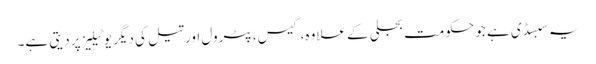
یہ سبسڈی ہے جو حکومت بجلی کے علاوہ، گیس، پٹرول اور تیل کی دیگر یوٹیلیز پر دیتی ہے۔